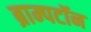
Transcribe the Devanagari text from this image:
ब्राम्पटॉन